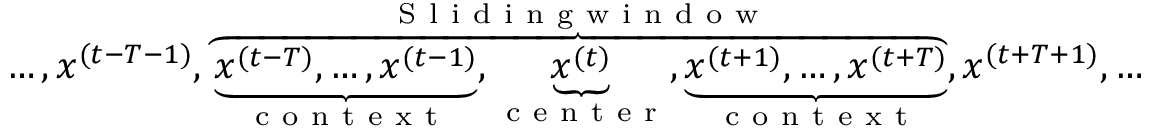
\begin{array} { r } { \ldots , x ^ { ( t - T - 1 ) } , \overbrace { \underbrace { x ^ { ( t - T ) } , \ldots , x ^ { ( t - 1 ) } } _ { \mathrm { ~ c ~ o ~ n ~ t ~ e ~ x ~ t ~ } } , \underbrace { x ^ { ( t ) } } _ { \mathrm { ~ c ~ e ~ n ~ t ~ e ~ r ~ } } , \underbrace { x ^ { ( t + 1 ) } , \ldots , x ^ { ( t + T ) } } _ { \mathrm { ~ c ~ o ~ n ~ t ~ e ~ x ~ t ~ } } } ^ { \mathrm { ~ S ~ l ~ i ~ d ~ i ~ n ~ g ~ w ~ i ~ n ~ d ~ o ~ w ~ } } , x ^ { ( t + T + 1 ) } , \ldots } \end{array}